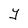
Character: Y